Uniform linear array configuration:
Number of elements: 16
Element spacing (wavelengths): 0.25
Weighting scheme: exponential
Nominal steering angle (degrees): -30
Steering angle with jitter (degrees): -31.167
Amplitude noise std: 0.05
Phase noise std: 0.05

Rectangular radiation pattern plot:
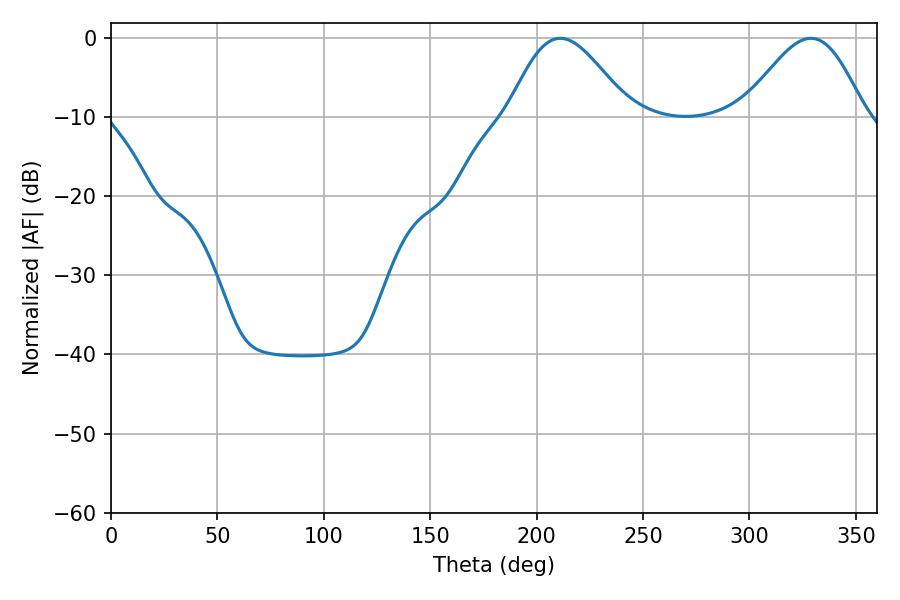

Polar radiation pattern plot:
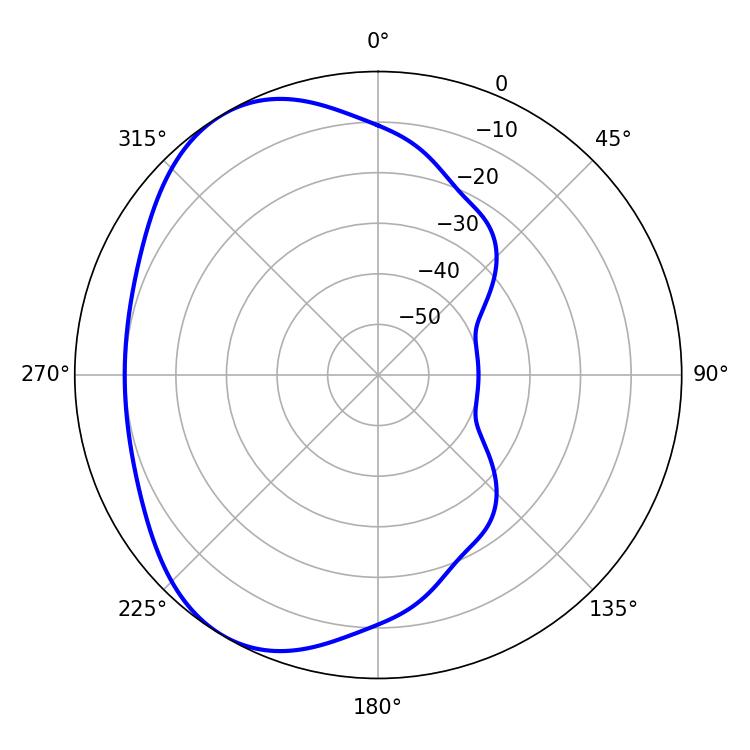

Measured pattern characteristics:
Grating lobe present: FALSE
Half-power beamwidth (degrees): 30.24
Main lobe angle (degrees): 211.14